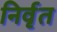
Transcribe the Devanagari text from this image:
निर्वृत